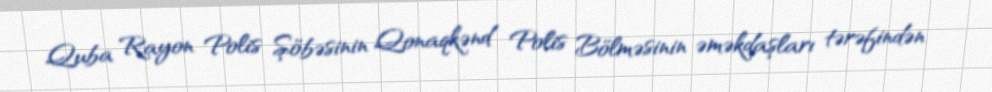
Quba Rayon Polis Şöbəsinin Qonaqkənd Polis Bölməsinin əməkdaşları tərəfindən